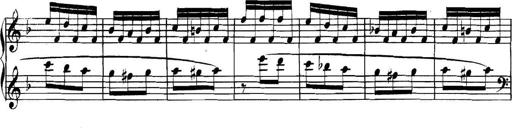
Title: Collected Piano Sonatas
Composer: Muzio Clementi